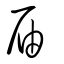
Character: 屆